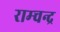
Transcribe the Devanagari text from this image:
राम्चन्द्र